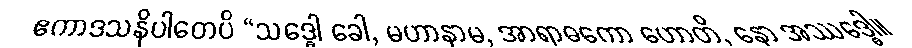
ဧကာဒသနိပါတေပိ “သဒ္ဓေါ ခေါ, မဟာနာမ, အာရာဓကော ဟောတိ, နော အဿဒ္ဓေါ။